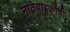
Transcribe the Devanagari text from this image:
नातेवाइकांची